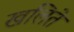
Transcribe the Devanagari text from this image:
खलिते